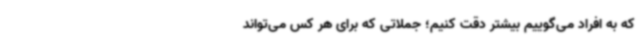
که به افراد می‌گوییم بیشتر دقت کنیم؛ جملاتی که برای هر کس می‌تواند